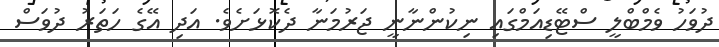
ދުވަހު ވެމްބްލީ ސްޓޭޑިއަމްގައި ނިކުންނާނީ ޖަރުމަނާ ދެކޮޅަށެވެ. އަދި އޭގެ ހަތަރު ދުވަސް